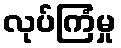
လုပ်ကြံမှု